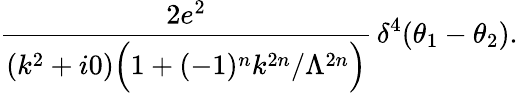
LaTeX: \frac{2e^{2}}{(k^{2}+i0)\Big(1+(-1)^{n}k^{2n}/\Lambda^{2n}\Big)}\, \delta^{4}(\theta_{1}-\theta_{2}).